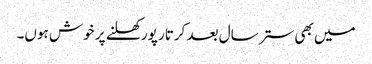
میں بھی ستر سال بعد کرتار پور کھلنے پر خوش ہوں۔